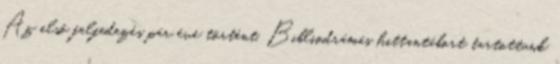
Az első felfedezés pár éve történt. Bibliodrámás hittantábort tartottunk